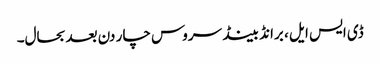
ڈی ایس ایل ، برانڈ بینڈ سروس چار دن بعدبحال۔